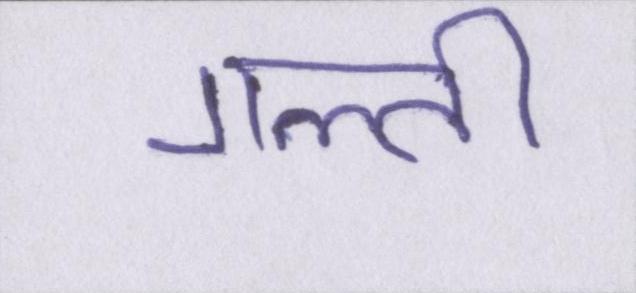
गल्ती